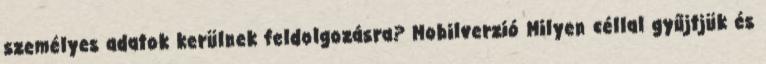
személyes adatok kerülnek feldolgozásra? Mobilverzió Milyen céllal gyűjtjük és